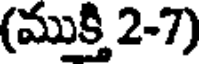
(ముక్తి 2-7)